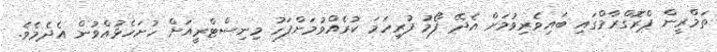
ތަމްރީން ޕްރޮގްރާމްގައި ބައިވެރިވުމަށް އެދޭ ފޯމު ފުރިހަމަ ކުރެއްވުމަށްފަހު މިނިސްޓްރީއަށް ހުށަހެޅުއްވުން އެދެމެވެ.